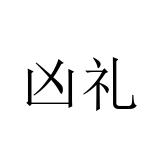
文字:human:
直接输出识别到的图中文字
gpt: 凶礼